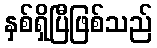
နှစ်ရှိပြီဖြစ်သည်